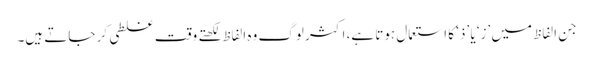
جن الفاظ میں ’ز‘ یا ’ذ‘ کا استعمال ہوتا ہے، اکثر لوگ وہ الفاظ لکھتے وقت غلطی کر جاتے ہیں۔